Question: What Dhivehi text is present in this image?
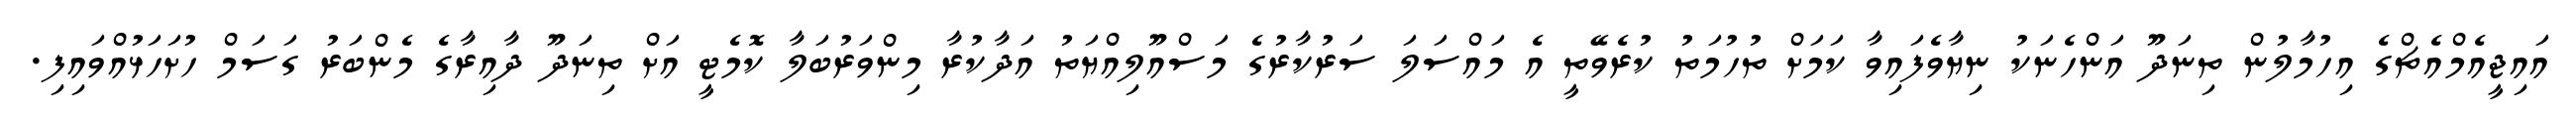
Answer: އައިޖީއެމްއެޗްގެ އިހުމާލުން ތިނަދޫ އަންހެނަކު ނިޔާވެފައިވާ ކަމަށް ތުހުމަތު ކުރެވޭތީ އެ މައްސަލަ ސަރުކާރުގެ މަސްއޫލިއްޔަތު އަދާކުރާ މިންވަރުބަލާ ކޮމެޓީ އަށް ތިނަދޫ ދާއިރާގެ މެންބަރު ގަސަމް ހުށަހަޅުއްވައިފި.